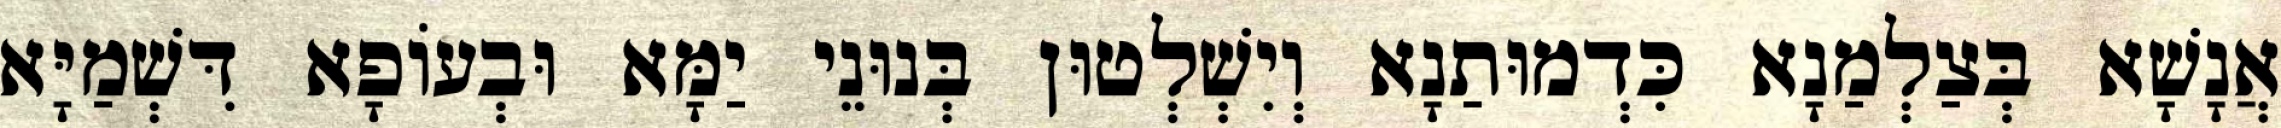
אֲנָשָׁא בְּצַלְמַנָא כִּדְמוּתַנָא וְיִשְׁלְטוּן בְּנוּנֵי יַמָּא וּבְעוֹפָא דִּשְׁמַיָּא